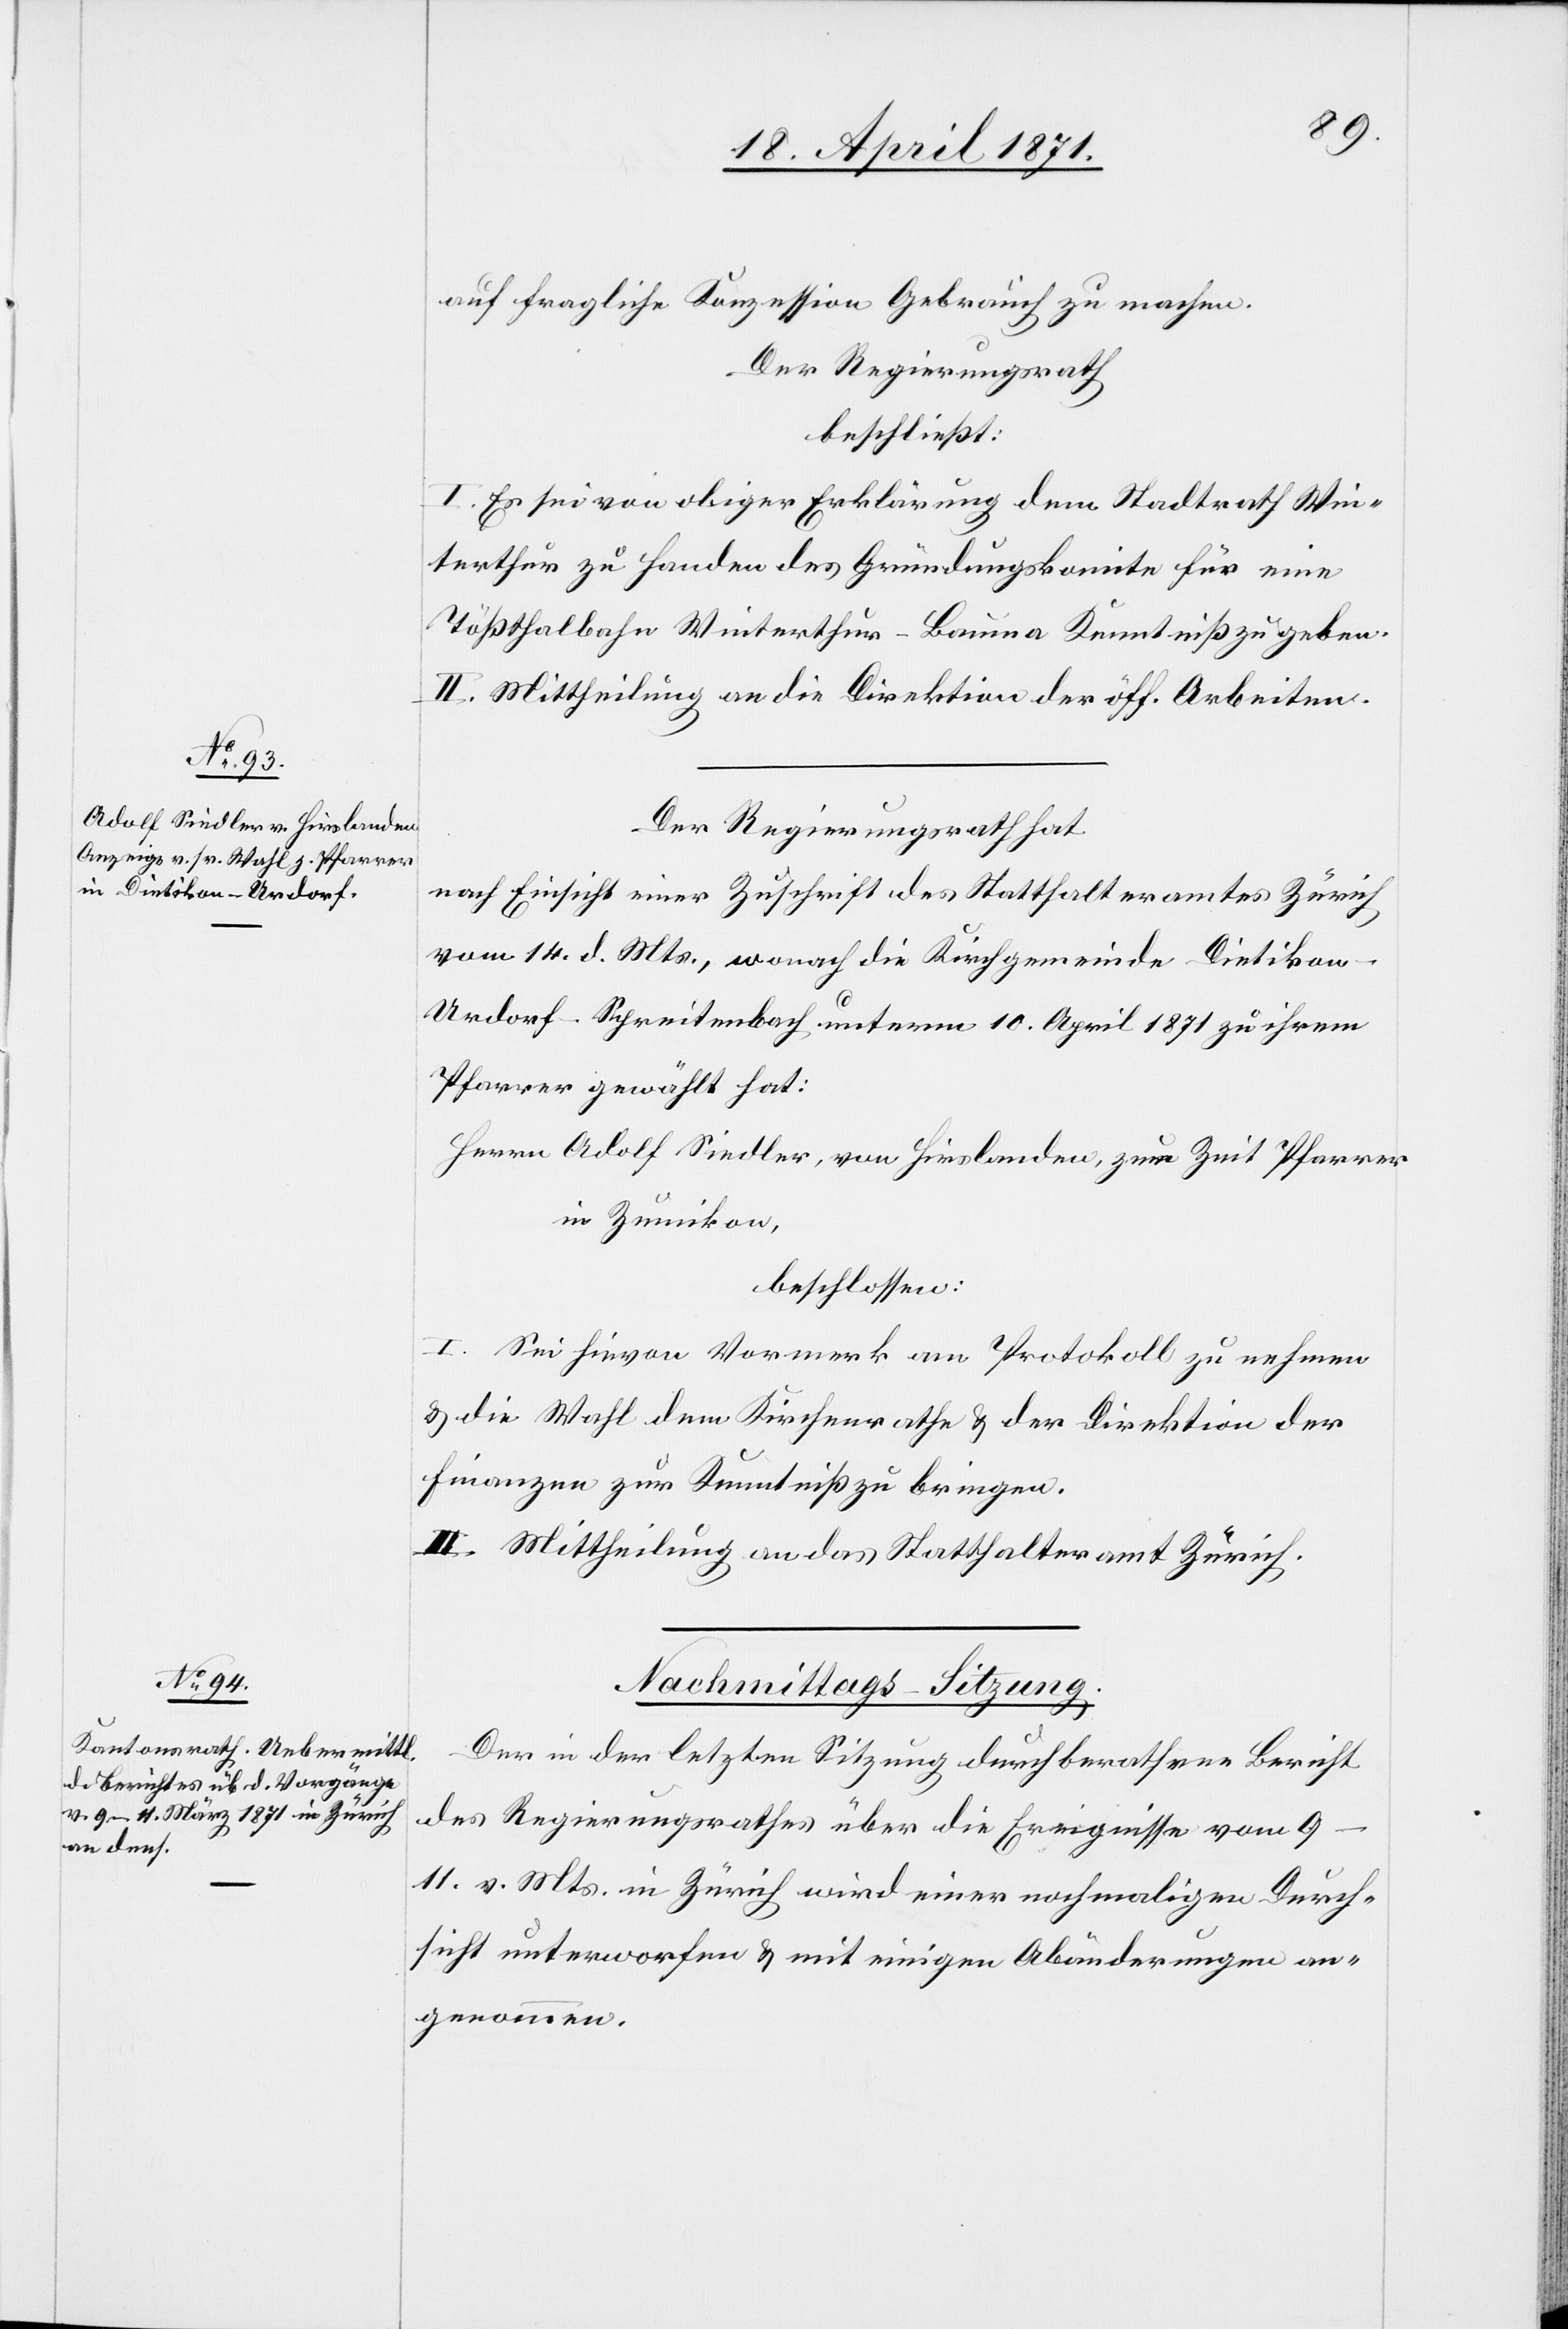
auf fragliche Konzession Gebrauch zu machen.
Der Regierungsrath
beschließt:
I. Es sei von obiger Erklärung dem Stadtrath Win¬
terthur zu Handen des Gründungskomite für eine
Tößthalbahn Winterthur-Bauma Kenntniß zu geben.
II. Mittheilung an die Direktion der öff. Arbeiten.
Der Regierungsrath hat
nach Einsicht einer Zuschrift des Statthalteramtes Zürich
vom 14. d. Mts., wonach die Kirchgemeinde Dietiko¬
n-Urdorf-Spreitenbach unterm 10. April 1871 zu ihrem
Pfarrer gewählt hat:
Herrn Adolf Siedler, von Hirslanden, zur Zeit Pfarrer
in Zumikon,
beschlossen:
I. Sei hievon Vormerk am Protokoll zu nehmen
u. die Wahl dem Kirchenrathe u. der Direktion der
Finanzen zur Kenntniß zu bringen.
II. Mittheilung an das Statthalteramt Zürich.
Der in der letzten Sitzung durchberathene Bericht
des Regierungsrathes über die Ereignisse vom
9–11. v. Mts. in Zürich wird einer nochmaligen Durch¬
sicht unterworfen u. mit einigen Abänderungen an¬
genommen.